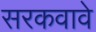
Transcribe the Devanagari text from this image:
सरकवावे